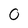
Character: 0